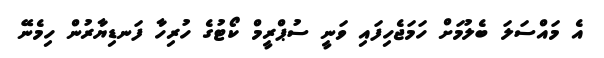
އެ މައްސަލަ ބެލުމަށް ހަމަޖެހިފައި ވަނީ ސުޕްރީމް ކޯޓުގެ ހުރިހާ ފަނޑިޔާރުން ހިމެނޭ